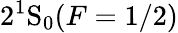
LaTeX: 2^{1}\mathrm{S}_{0}(F=1/2)